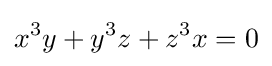
x^{3}y+y^{3}z+z^{3}x=0